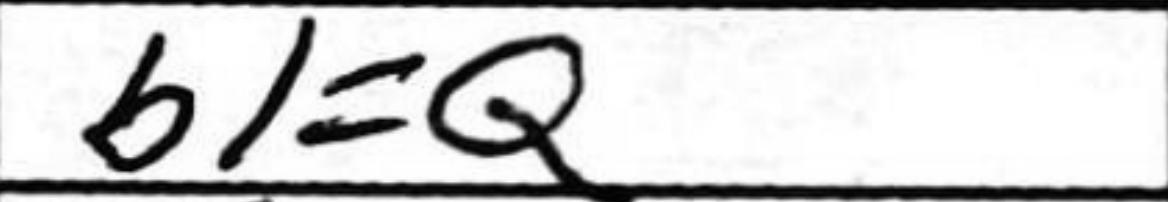
Transcription: b1=Q